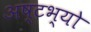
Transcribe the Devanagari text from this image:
अष्टभ्यो